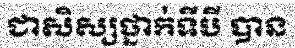
ជាសិស្សថ្នាក់ទីបី បាន